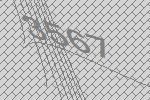
3567